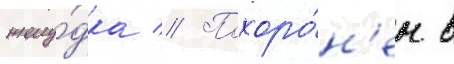
желу́дка // Похоро́н'ен в